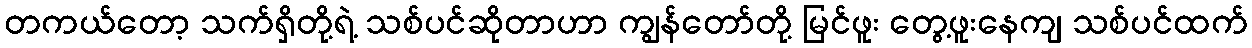
တကယ်တော့ သက်ရှိတို့ရဲ့ သစ်ပင်ဆိုတာဟာ ကျွန်တော်တို့ မြင်ဖူး တွေ့ဖူးနေကျ သစ်ပင်ထက်